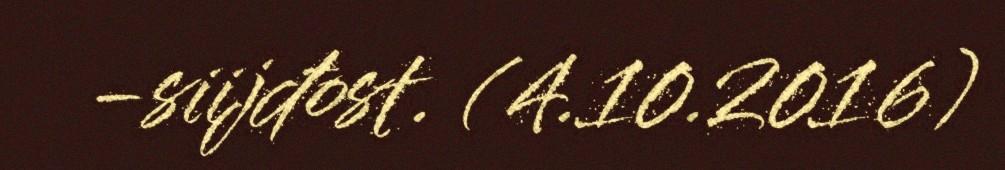
-siijđost. (4.10.2016)